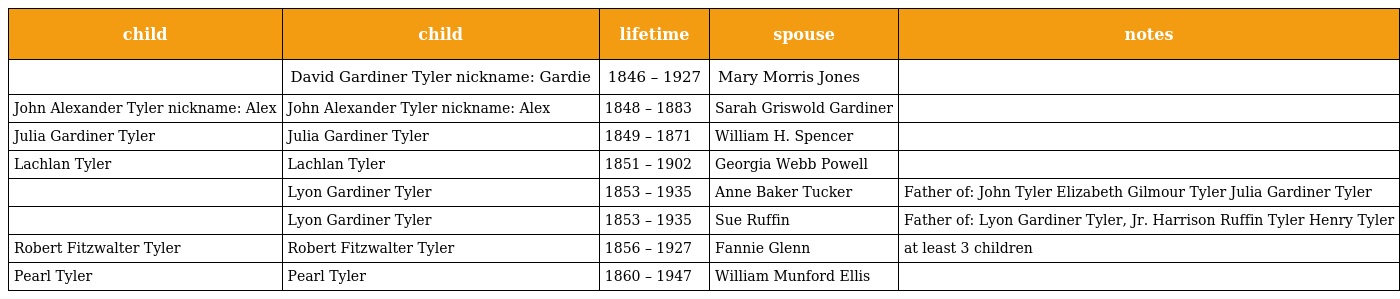
| child | child | lifetime | spouse | notes |
 | --- | --- | --- | --- | --- |
 |  | David Gardiner Tyler nickname: Gardie | 1846 – 1927 | Mary Morris Jones |  |
 | John Alexander Tyler nickname: Alex | John Alexander Tyler nickname: Alex | 1848 – 1883 | Sarah Griswold Gardiner |  |
 | Julia Gardiner Tyler | Julia Gardiner Tyler | 1849 – 1871 | William H. Spencer |  |
 | Lachlan Tyler | Lachlan Tyler | 1851 – 1902 | Georgia Webb Powell |  |
 |  | Lyon Gardiner Tyler | 1853 – 1935 | Anne Baker Tucker | Father of: John Tyler Elizabeth Gilmour Tyler Julia Gardiner Tyler |
 |  | Lyon Gardiner Tyler | 1853 – 1935 | Sue Ruffin | Father of: Lyon Gardiner Tyler, Jr. Harrison Ruffin Tyler Henry Tyler |
 | Robert Fitzwalter Tyler | Robert Fitzwalter Tyler | 1856 – 1927 | Fannie Glenn | at least 3 children |
 | Pearl Tyler | Pearl Tyler | 1860 – 1947 | William Munford Ellis |  |